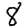
Digit: 8